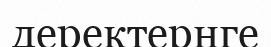
деректернге